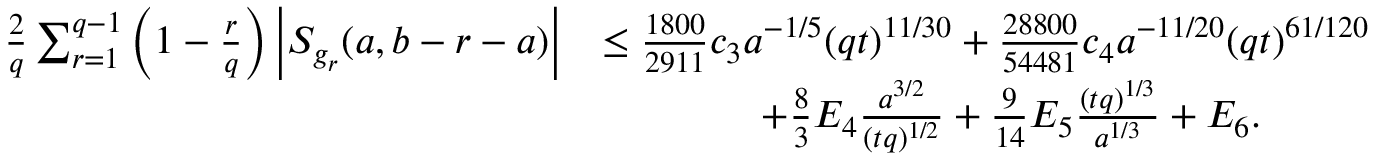
\begin{array} { r l } { \frac { 2 } { q } \sum _ { r = 1 } ^ { q - 1 } \left( 1 - \frac { r } { q } \right) \left| S _ { g _ { r } } ( a , b - r - a ) \right| } & { \le \frac { 1 8 0 0 } { 2 9 1 1 } c _ { 3 } a ^ { - 1 / 5 } ( q t ) ^ { 1 1 / 3 0 } + \frac { 2 8 8 0 0 } { 5 4 4 8 1 } c _ { 4 } a ^ { - 1 1 / 2 0 } ( q t ) ^ { 6 1 / 1 2 0 } } \\ & { \qquad \qquad + \frac { 8 } { 3 } E _ { 4 } \frac { a ^ { 3 / 2 } } { ( t q ) ^ { 1 / 2 } } + \frac { 9 } { 1 4 } E _ { 5 } \frac { ( t q ) ^ { 1 / 3 } } { a ^ { 1 / 3 } } + E _ { 6 } . } \end{array}